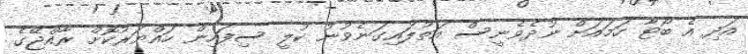
އަދި އެ ބޯޓާ ހަމައަށް ނުދެވެނީސް އަތުލައިގަނެވުނު ކުލީ ސިފައިން ހައްޔަރުކޮށް ރާއްޖޭގެ